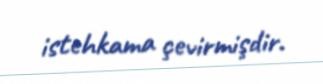
istehkama çevirmişdir.